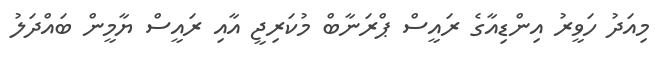
މިއަދު ހަވީރު އިންޑިއާގެ ރައީސް ޕްރަނާބް މުކަރިޖީ އާއި ރައީސް ޔާމީން ބައްދަލު